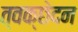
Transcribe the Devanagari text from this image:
त्वक्छेदन